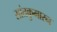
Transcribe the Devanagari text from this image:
सांतकुमारन